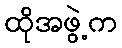
ထိုအဖွဲ့က